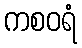
ကစဝရံ